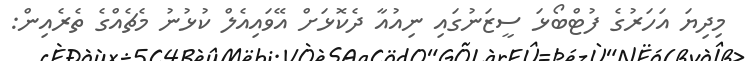
މިދިޔަ އަހަރުގެ ފުޓްބޯޅަ ސީޒަނުގައި ނިއުއާ ދެކޮޅަށް އޭވައިއެލް ކުޅުނު މެޗެއްގެ ތެރެއިން: